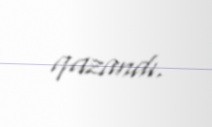
qazandı.